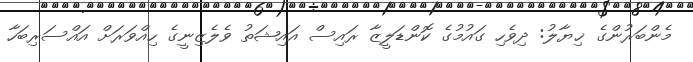
މެންބަރުންގެ ޚިޔާލު: ދިވެހި ގައުމުގެ ކޮންޑަލީޒާ ރައިސް އައިޝަތު ވެލެޒިނީގެ ހިއްވަރަށް އައްސަރިބަހާ